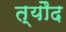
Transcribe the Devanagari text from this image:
त्यौद